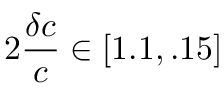
2 \frac { \delta c } { c } \in [ 1 . 1 , . 1 5 ]